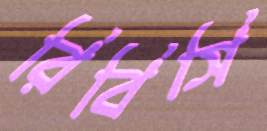
রিবিসি